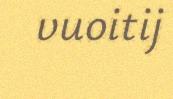
vuoitij